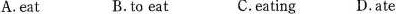
A.eat B.to eat C.eating D.ate